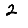
Digit: 2